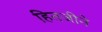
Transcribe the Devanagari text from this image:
हितजीने